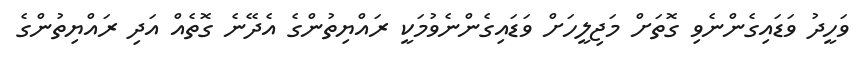
ވަހީދު ވަޑައިގެންނެވި ގޮތަށް މަޖިލީހަށް ވަޑައިގެންނެވުމަކީ ރައްޔިތުންގެ އެދޭނެ ގޮތެއް އަދި ރައްޔިތުންގެ